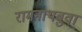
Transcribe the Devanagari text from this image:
रामनाथबुवा